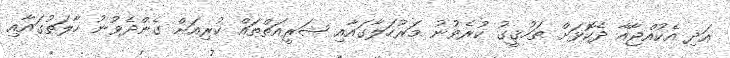
އަދި އެކުއްޖާއާ ދެކޮޅަށް ތަހުޤީގު ކުރެވުނު މަރުހަލާގައާއި ޝަރީއަތްތައް ކުރިއަށް ގެންދެވުނު ހާލަތުގައާއި